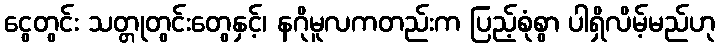
ငွေတွင်း သတ္တုတွင်းတွေနှင့်၊ နဂိုမူလကတည်းက ပြည့်စုံစွာ ပါရှိလိမ့်မည်ဟု